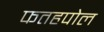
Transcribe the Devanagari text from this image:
फतहपोल